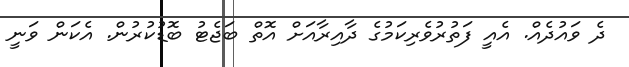
ދެ ވައުދެއް. އެއީ ފަތުރުވެރިކަމުގެ ދާއިރާއަށް އޮތް ބަޖެޓު ބޮޑުކުރުން. އެކަން ވަނީ